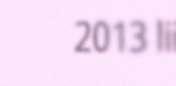
2013 lii